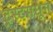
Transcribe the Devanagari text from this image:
ट्रस्टमधून